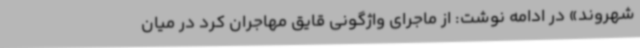
شهروند» در ادامه نوشت: از ماجرای واژگونی قایق مهاجران کرد در میان